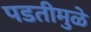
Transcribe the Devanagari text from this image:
पडतीमुळे